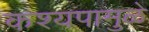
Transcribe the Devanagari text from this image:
कश्यपामुळे